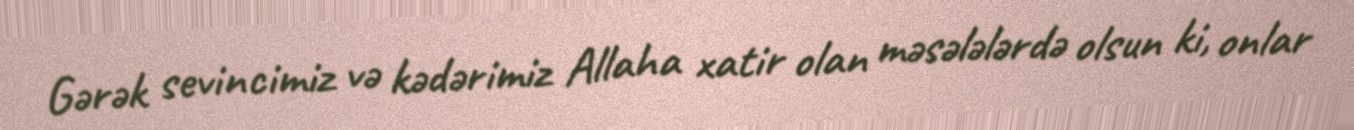
Gərək sevincimiz və kədərimiz Allaha xatir olan məsələlərdə olsun ki, onlar